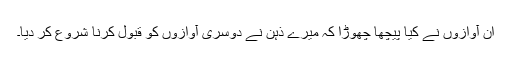
ان آوازوں نے کیا پیچھا چھوڑا کہ میرے ذہن نے دوسری آوازوں کو قبول کرنا شروع کر دیا۔